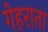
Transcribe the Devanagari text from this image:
गेहराता